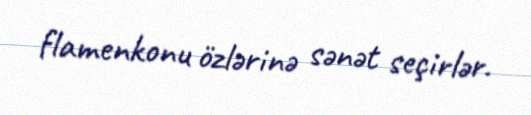
flamenkonu özlərinə sənət seçirlər.